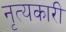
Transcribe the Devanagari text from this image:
नृत्यकारी